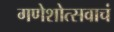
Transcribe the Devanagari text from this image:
गणेशोत्सवाचं